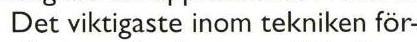
Det viktigaste inom tekniken för